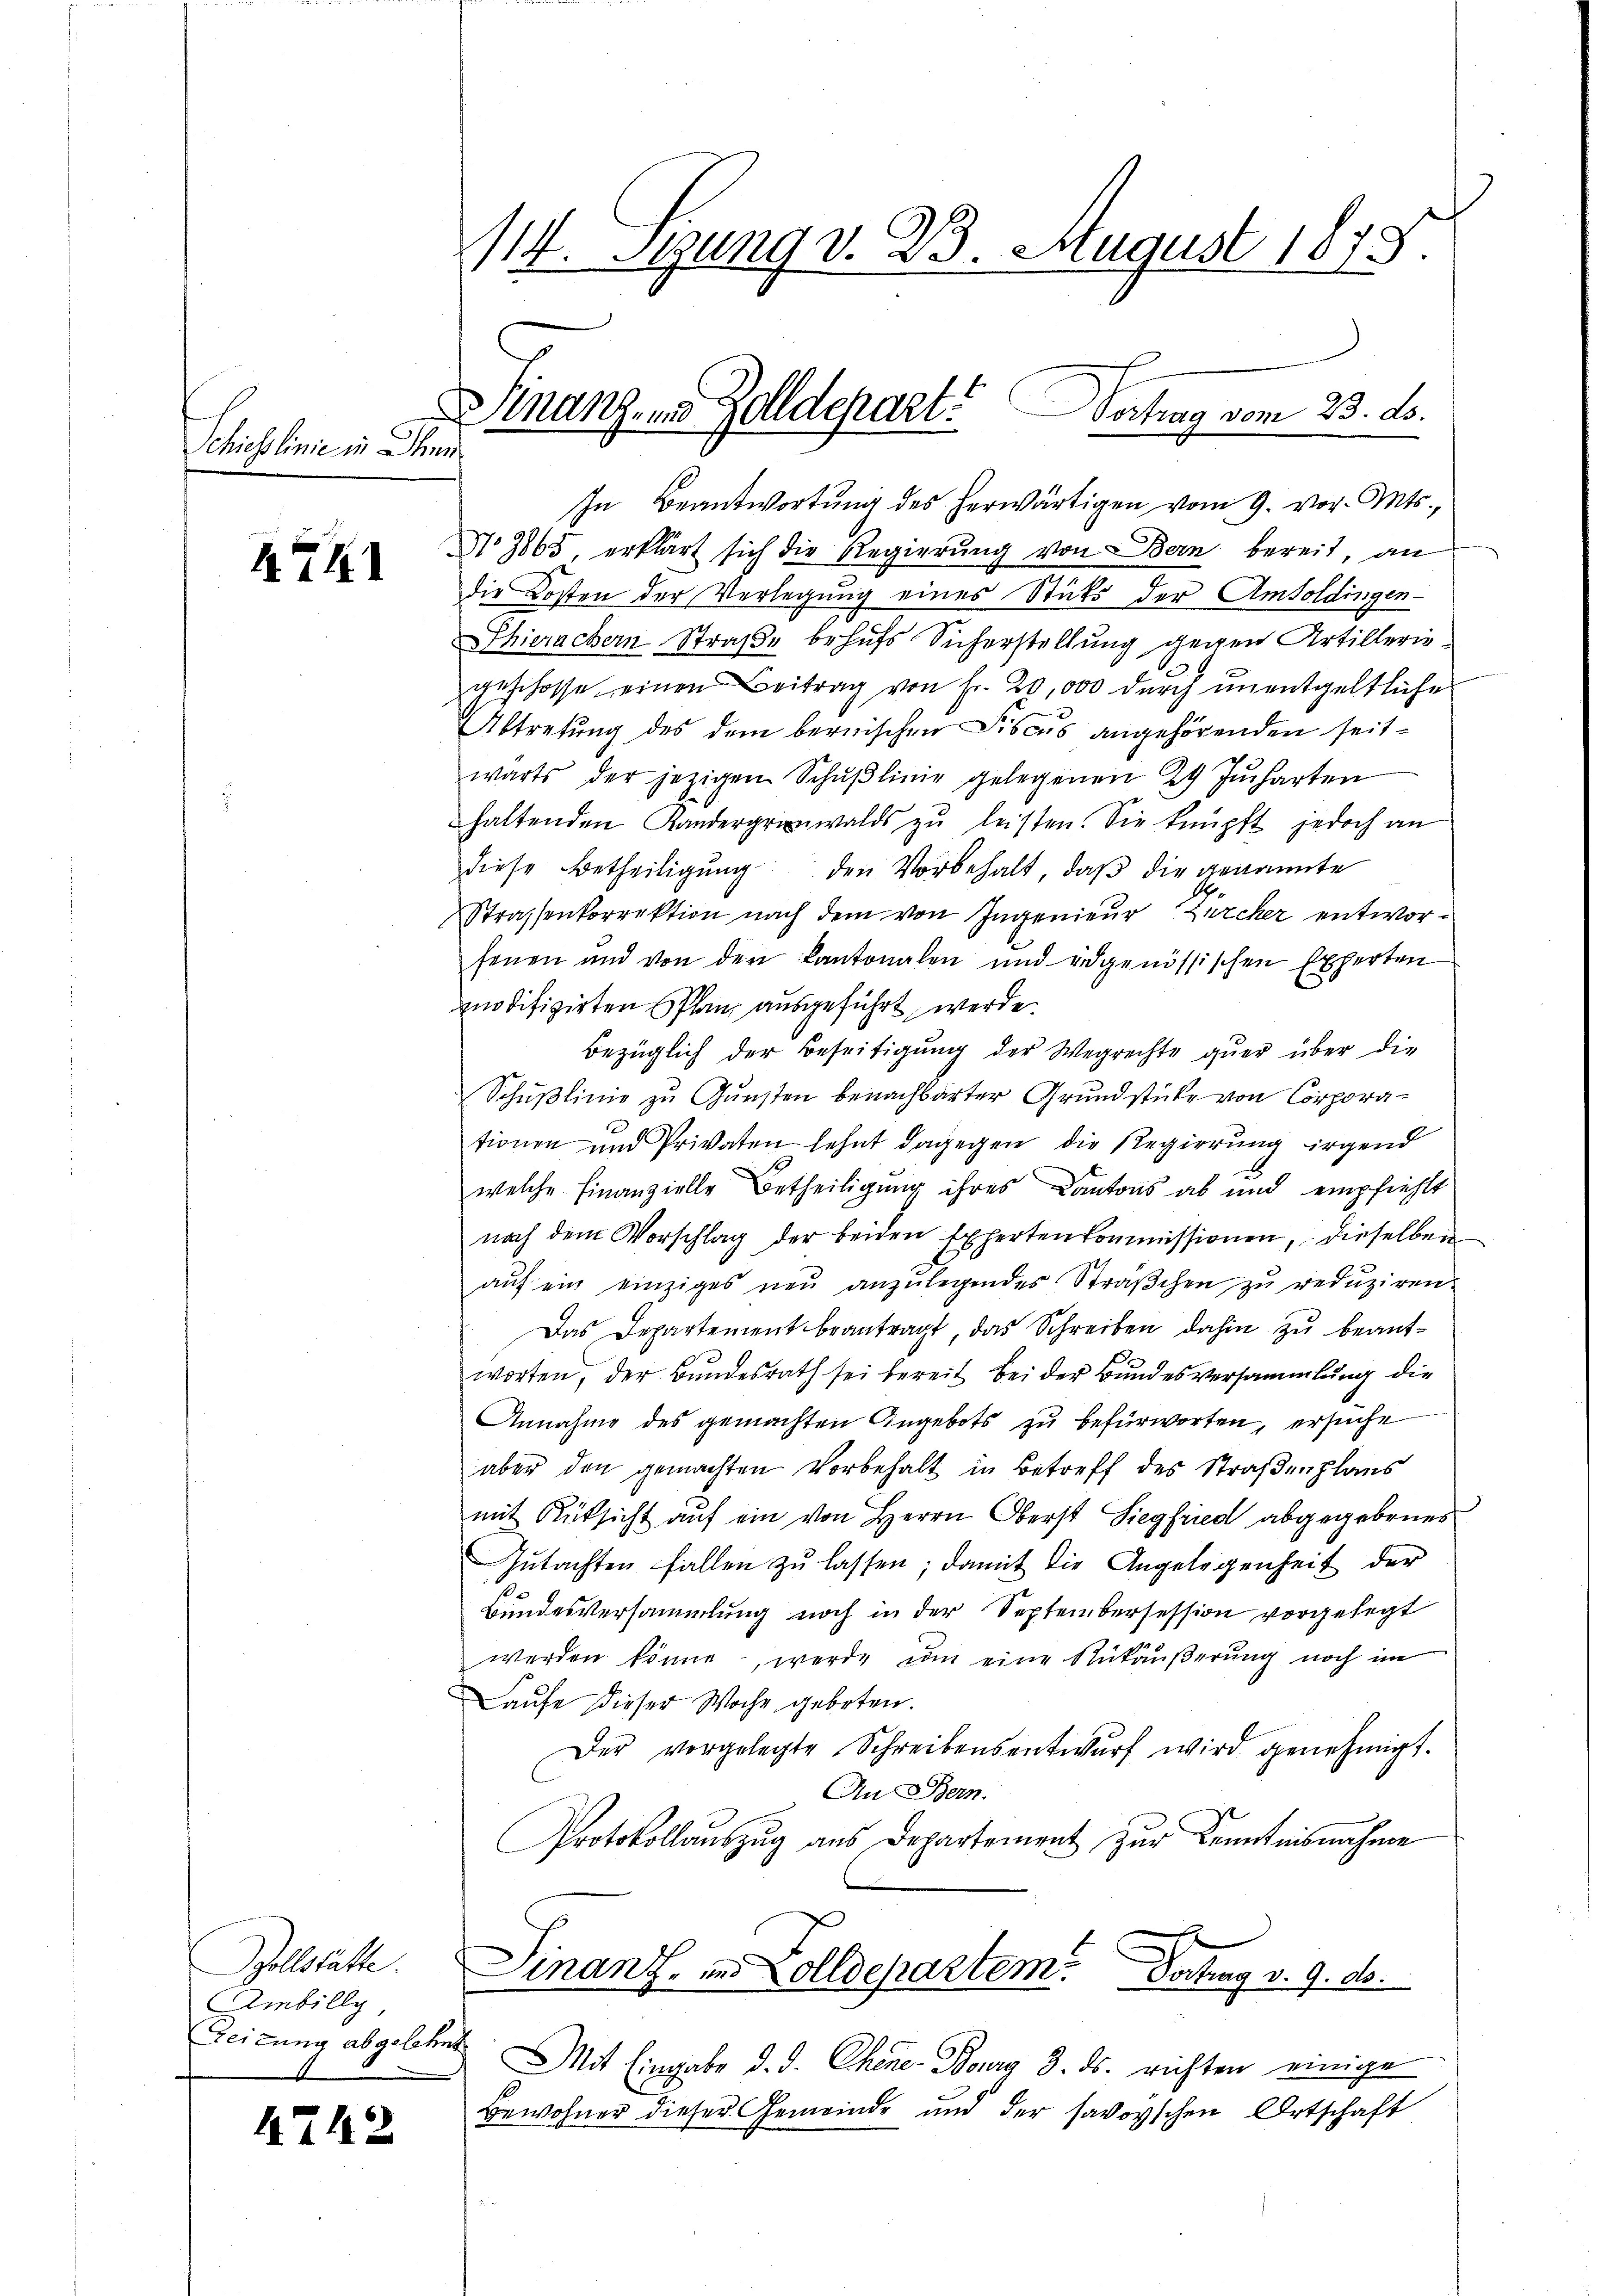
Schiesslinie in Ihne

AT

Zollstätte.
Ainbilly,

4742

114. Segung v. 23. August 1875.

In Beantwortŭng des herwärtigen vom 9. vor. Mts.,
No 7865, erklärt sich die Regierung von Bern bereit, an
die Kosten der Verlegung eines Stücks der Amtoldingen-
Thierachern Straße behufs Sicherstellung gegen Artillerin
geschosse einen Beitrag von Fr. 20,000 durch unentgeltliche
Abtretung des dem bernischen Fiscus angehörenden seitwärts der jezigen Schŭβlinie gelegenen 24 Jucharten
haltenden Kandergranwalds zŭ leisten. Sie knüpft jedoch an
diese Betheiligŭng den Vorbehalt, daβ die genannte
Strassenkorrektion nach dem von Ingenieur, Zürcher entworfenen und von den Kantonalen und eidgenössischen Experten
modifizirten Pflanz ausgeführt werde.
Bezüglich der Beseitigung der Wegrechte quer über die
Schußlinie zu Gunsten benachbarter Grundstücke von Corporationen und Privaten lehnt dagegen die Regierung irgend
1
welche Finanzielle Betheiligung ihres Kantons ab und empfiehlt
nach dem Vorschlag der beiden Expertenkommissionen, dieselben
aŭf ein einziges neŭ anzŭlegendes Sträβchen zŭ reduziren.
Das Departement beantragt, das Schreiben dahin zu beantworten, der Bundesrath sei bereit bei der Bundesversammlung die
Annahme des gemachten Angebots zu befürworten, ersuche
aber den gemachten Vorbehalt in Betreff des Straβenplans
mit Rüksicht aŭf ein von Herrn Oberst Siegfried abgegebenes
Gŭtachten fallen zŭ lassen; damit die Angelegenheit der
Bundesversammlung noch in der Septembersession vorgelegt
werden könne, werde um eine Rükäußerung noch im
Laufe dieser Woche geboten.
Der vorgelegte Schreibensentwurf wird genehmigt.
An Bern.
Protokollauszug aus Departement zur Kenntnisnahme
Finanz- und Zolldepartem Vortrag v. 9. ds.
Zeitung abgelehnt. Mit Eingabe d. d. Chene Bourg 3. ds. richten einige
Bewohner dieser Gemeinde und der savoyischen Ortschaft

Finanz- und Zolldepart. Vertrag vom 23. ds.